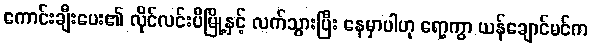
ကောင်းချီးပေး၏ လိုင်လင်းပီမြို့နှင့် လက်သွားပြီး နေမှာပါဟု ရော့ကွာ ယန်ချောင်မင်က